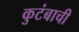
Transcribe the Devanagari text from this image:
कुटंबाची